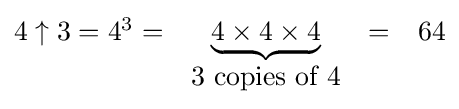
{\begin{matrix}4\uparrow 3=4^{3}=&\underbrace {4\times 4\times 4} &=&64\\&3{\mbox{ copies of }}4\end{matrix}}